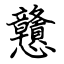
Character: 戇